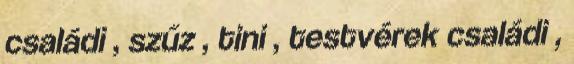
családi , szűz , tini , testvérek családi ,